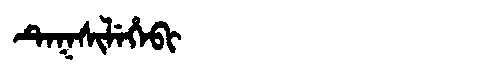
Manchu: ᡨᡝᡴᠰᡳᠯᡝᡥᡝᠪᡳ
Romanization: TEKSILEHEBI